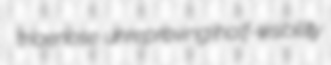
triaenose unreproving half-visibility